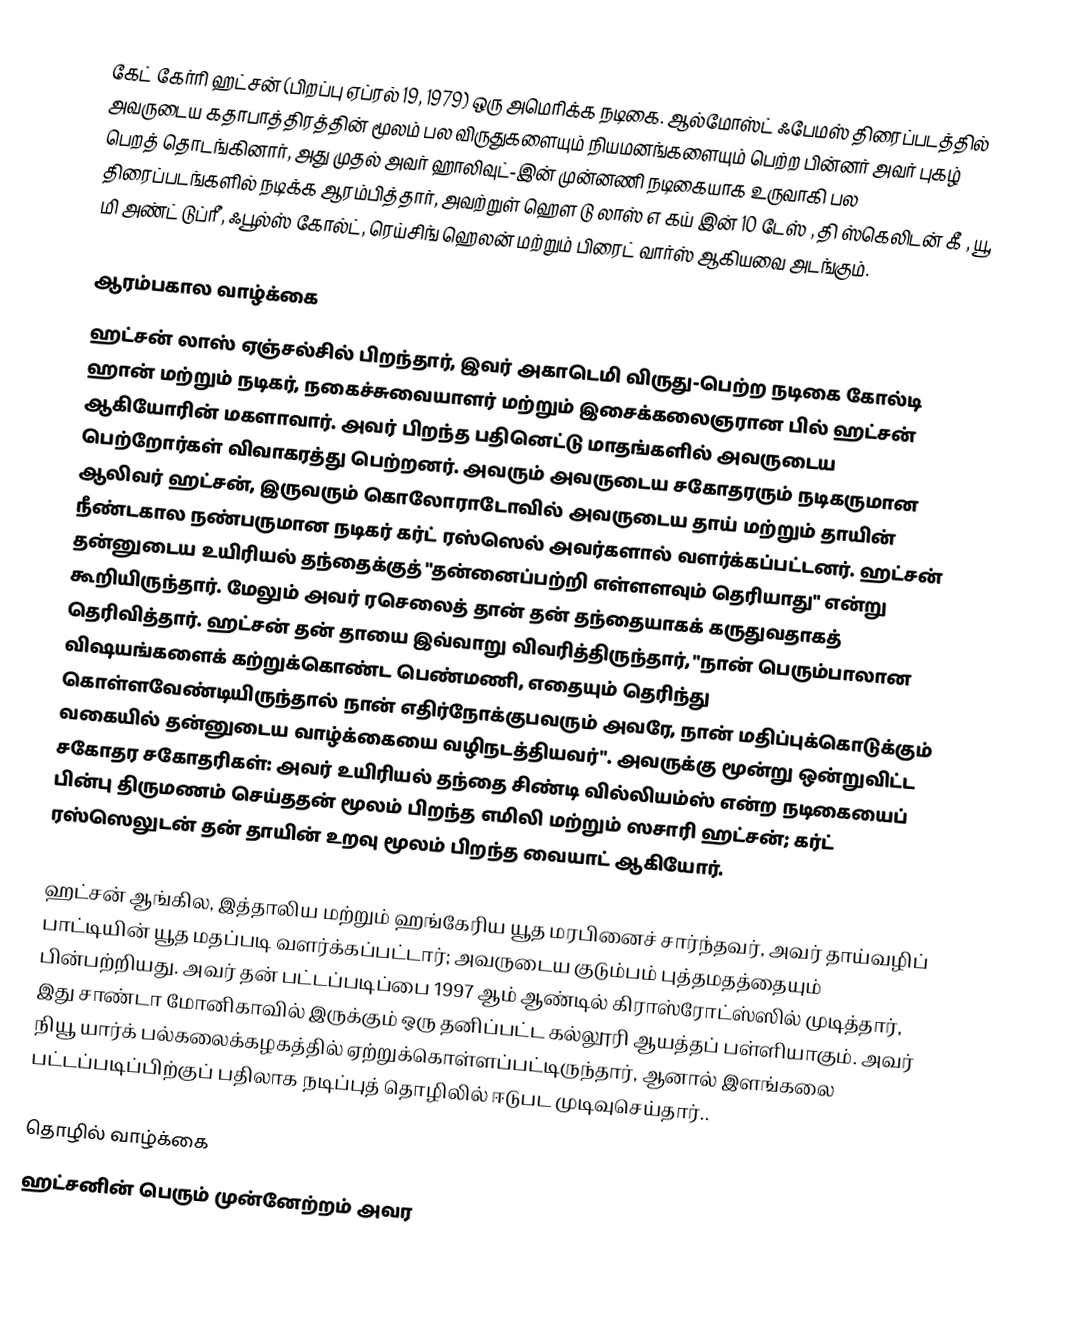
கேட் கேர்ரி ஹட்சன் (பிறப்பு ஏப்ரல் 19, 1979) ஒரு அமெரிக்க நடிகை. ஆல்மோஸ்ட் ஃபேமஸ் திரைப்படத்தில் அவருடைய கதாபாத்திரத்தின் மூலம் பல விருதுகளையும் நியமனங்களையும் பெற்ற பின்னர் அவர் புகழ் பெறத் தொடங்கினார், அது முதல் அவர் ஹாலிவுட்-இன் முன்னணி நடிகையாக உருவாகி பல திரைப்படங்களில் நடிக்க ஆரம்பித்தார், அவற்றுள் ஹௌ டு லாஸ் எ கய் இன் 10 டேஸ் , தி ஸ்கெலிடன் கீ , யூ, மி அண்ட் டுப்ரீ , ஃபூல்ஸ் கோல்ட், ரெய்சிங் ஹெலன்  மற்றும் பிரைட் வார்ஸ் ஆகியவை அடங்கும்.

ஆரம்பகால வாழ்க்கை
ஹட்சன் லாஸ் ஏஞ்சல்சில் பிறந்தார், இவர் அகாடெமி விருது-பெற்ற நடிகை கோல்டி ஹான் மற்றும் நடிகர், நகைச்சுவையாளர் மற்றும் இசைக்கலைஞரான பில் ஹட்சன் ஆகியோரின் மகளாவார். அவர் பிறந்த பதினெட்டு மாதங்களில் அவருடைய பெற்றோர்கள் விவாகரத்து பெற்றனர். அவரும் அவருடைய சகோதரரும் நடிகருமான ஆலிவர் ஹட்சன், இருவரும் கொலோராடோவில் அவருடைய தாய் மற்றும் தாயின் நீண்டகால நண்பருமான நடிகர் கர்ட் ரஸ்ஸெல் அவர்களால் வளர்க்கப்பட்டனர். ஹட்சன் தன்னுடைய உயிரியல் தந்தைக்குத் "தன்னைப்பற்றி எள்ளளவும் தெரியாது" என்று கூறியிருந்தார். மேலும் அவர் ரசெலைத் தான் தன் தந்தையாகக் கருதுவதாகத் தெரிவித்தார். ஹட்சன் தன் தாயை இவ்வாறு விவரித்திருந்தார், "நான் பெரும்பாலான விஷயங்களைக் கற்றுக்கொண்ட பெண்மணி, எதையும் தெரிந்து கொள்ளவேண்டியிருந்தால் நான் எதிர்நோக்குபவரும் அவரே, நான் மதிப்புக்கொடுக்கும் வகையில் தன்னுடைய வாழ்க்கையை வழிநடத்தியவர்". அவருக்கு மூன்று ஒன்றுவிட்ட சகோதர சகோதரிகள்: அவர் உயிரியல் தந்தை சிண்டி வில்லியம்ஸ் என்ற நடிகையைப் பின்பு திருமணம் செய்ததன் மூலம் பிறந்த எமிலி மற்றும் ஸசாரி ஹட்சன்; கர்ட் ரஸ்ஸெலுடன் தன் தாயின் உறவு மூலம் பிறந்த வையாட் ஆகியோர்.

ஹட்சன் ஆங்கில, இத்தாலிய மற்றும் ஹங்கேரிய யூத மரபினைச் சார்ந்தவர், அவர் தாய்வழிப் பாட்டியின் யூத மதப்படி வளர்க்கப்பட்டார்; அவருடைய குடும்பம் புத்தமதத்தையும் பின்பற்றியது. அவர் தன் பட்டப்படிப்பை 1997 ஆம் ஆண்டில் கிராஸ்ரோட்ஸ்ஸில் முடித்தார், இது சாண்டா மோனிகாவில் இருக்கும் ஒரு தனிப்பட்ட கல்லூரி ஆயத்தப் பள்ளியாகும். அவர் நியூ யார்க் பல்கலைக்கழகத்தில் ஏற்றுக்கொள்ளப்பட்டிருந்தார், ஆனால் இளங்கலை பட்டப்படிப்பிற்குப் பதிலாக நடிப்புத் தொழிலில் ஈடுபட முடிவுசெய்தார்..

தொழில் வாழ்க்கை
ஹட்சனின் பெரும் முன்னேற்றம் அவர